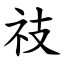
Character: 䃽